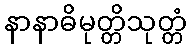
နာနာဓိမုတ္တိသုတ္တံ